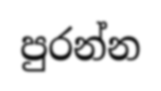
පුරන්න